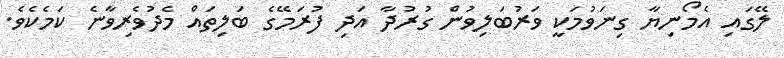
ލޭގައި އެމޯނިޔާ ގިނަވުމަކީ ވަރުބަލިވުން ގުރުދާ އަދި ފުރަމޭގެ ބަލިތައް މެދުވެރިވާނެ ކަމެކެވެ.